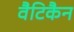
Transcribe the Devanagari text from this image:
वैटिकैन